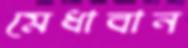
মেধাবান